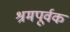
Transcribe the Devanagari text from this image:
श्रमपूर्वक